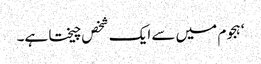
‘ ہجوم میں سے ایک شخص چیختا ہے۔